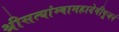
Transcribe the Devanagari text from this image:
श्रीसत्यांम्बामहादेवीपूजनं